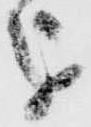
を